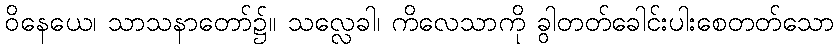
ဝိနေယေ၊ သာသနာတော်၌။ သလ္လေခါ၊ ကိလေသာကို ခွါတတ်ခေါင်းပါးစေတတ်သော